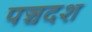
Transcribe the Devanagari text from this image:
पञ्चदश